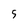
Character: 5